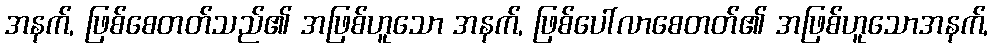
အနက်, ဖြစ်စေတတ်သည်၏ အဖြစ်ဟူသော အနက်, ဖြစ်ပေါ်လာစေတတ်၏ အဖြစ်ဟူသောအနက်,